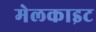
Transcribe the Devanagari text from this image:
मेलकाइट